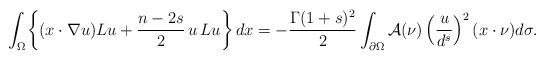
LaTeX: \begin{align*}\int_\Omega\biggl\{ (x\cdot\nabla u)Lu+\frac{n-2s}{2}\,u\,Lu\biggl\}\,dx=-\frac{\Gamma(1+s)^2}{2}\int_{\partial\Omega}\mathcal A(\nu)\left(\frac{u}{d^s}\right)^2(x\cdot\nu)d\sigma.\end{align*}